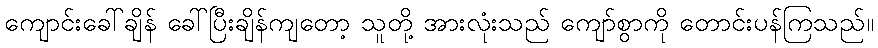
ကျောင်းခေါ်ချိန် ခေါ်ပြီးချိန်ကျတော့ သူတို့ အားလုံးသည် ကျော်စွာကို တောင်းပန်ကြသည်။